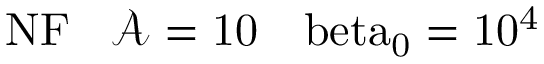
\mathrm { { N F } \: \: \: \: \mathcal { A } = 1 0 \: \: \: \ b e t a _ { 0 } = 1 0 ^ { 4 } }